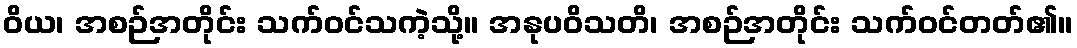
ဝိယ၊ အစဉ်အတိုင်း သက်ဝင်သကဲ့သို့။ အနုပဝိသတိ၊ အစဉ်အတိုင်း သက်ဝင်တတ်၏။